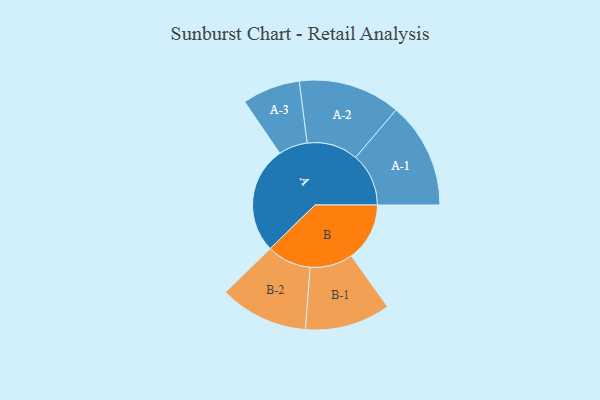
{"axis": {"x": "Segment", "y": "Value"}, "legend": ["", "A", "B"], "data": [{"x": "A", "y": 488, "type": ""}, {"x": "B", "y": 266, "type": ""}, {"x": "A-1", "y": 242, "type": "A"}, {"x": "A-2", "y": 233, "type": "A"}, {"x": "A-3", "y": 132, "type": "A"}, {"x": "B-1", "y": 195, "type": "B"}, {"x": "B-2", "y": 202, "type": "B"}]}